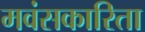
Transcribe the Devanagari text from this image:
मवंसकारिता